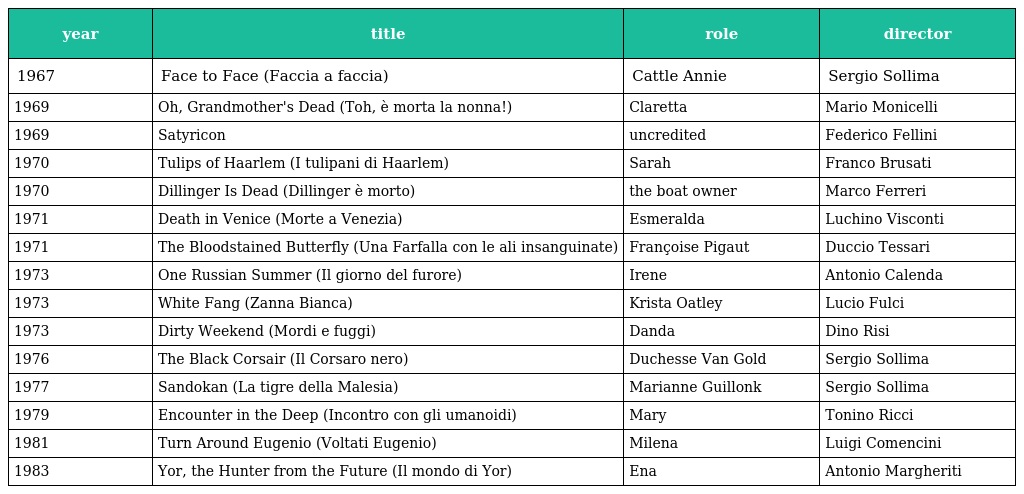
| year | title | role | director |
 | --- | --- | --- | --- |
 | 1967 | Face to Face (Faccia a faccia) | Cattle Annie | Sergio Sollima |
 | 1969 | Oh, Grandmother's Dead (Toh, è morta la nonna!) | Claretta | Mario Monicelli |
 | 1969 | Satyricon | uncredited | Federico Fellini |
 | 1970 | Tulips of Haarlem (I tulipani di Haarlem) | Sarah | Franco Brusati |
 | 1970 | Dillinger Is Dead (Dillinger è morto) | the boat owner | Marco Ferreri |
 | 1971 | Death in Venice (Morte a Venezia) | Esmeralda | Luchino Visconti |
 | 1971 | The Bloodstained Butterfly (Una Farfalla con le ali insanguinate) | Françoise Pigaut | Duccio Tessari |
 | 1973 | One Russian Summer (Il giorno del furore) | Irene | Antonio Calenda |
 | 1973 | White Fang (Zanna Bianca) | Krista Oatley | Lucio Fulci |
 | 1973 | Dirty Weekend (Mordi e fuggi) | Danda | Dino Risi |
 | 1976 | The Black Corsair (Il Corsaro nero) | Duchesse Van Gold | Sergio Sollima |
 | 1977 | Sandokan (La tigre della Malesia) | Marianne Guillonk | Sergio Sollima |
 | 1979 | Encounter in the Deep (Incontro con gli umanoidi) | Mary | Tonino Ricci |
 | 1981 | Turn Around Eugenio (Voltati Eugenio) | Milena | Luigi Comencini |
 | 1983 | Yor, the Hunter from the Future (Il mondo di Yor) | Ena | Antonio Margheriti |